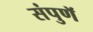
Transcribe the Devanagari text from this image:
संपुणॅ